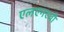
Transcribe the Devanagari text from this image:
एलएनएवी